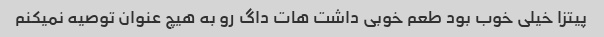
پیتزا خیلی خوب بود طعم خوبی داشت هات داگ رو به هیچ عنوان توصیه نمیکنم